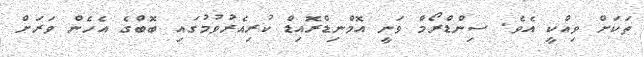
ތަކަށް ވިއްކީ އެވެ. ސިންޑްރޯމް ވަނީ އޮމްނިޑްރޮއިޑް ކުރިއެރުވުމުގައި ބޮބްގެ އެހެން ވަރަށް